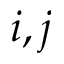
i , j